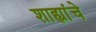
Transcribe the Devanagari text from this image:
शाह्यांचे